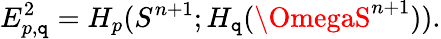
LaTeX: E_{p,\mathtt{q}}^{2}=H_{p}(S^{n+1};H_{\mathtt{q}}(\OmegaS^{n+1})).